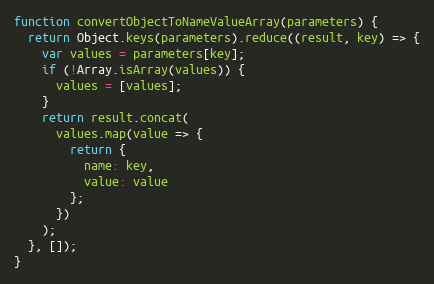
Language: JavaScript
function convertObjectToNameValueArray(parameters) {
  return Object.keys(parameters).reduce((result, key) => {
    var values = parameters[key];
    if (!Array.isArray(values)) {
      values = [values];
    }
    return result.concat(
      values.map(value => {
        return {
          name: key,
          value: value
        };
      })
    );
  }, []);
}